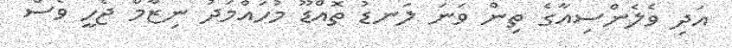
އަދި ވެލެންސިއާގެ ތިން ވަނަ ލަނޑު ތޮއްޑޫ މުހައްމަދު ނިޒާމް ޖެހީ ވެސް